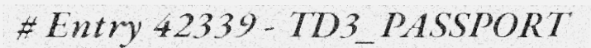
# Entry 42339 - TD3_PASSPORT